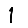
Digit: 1